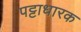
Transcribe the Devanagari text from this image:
पट्टाधारक